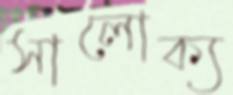
সালোক্য